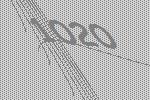
1020